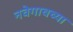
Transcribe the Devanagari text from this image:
नवेगावच्या